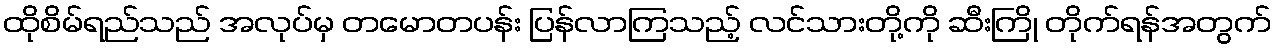
ထိုစိမ်ရည်သည် အလုပ်မှ တမောတပန်း ပြန်လာကြသည့် လင်သားတို့ကို ဆီးကြို တိုက်ရန်အတွက်